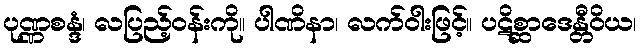
ပုဏ္ဏစန္ဒံ၊ လပြည့်ဝန်းကို။ ပါဏိနာ၊ လက်ဝါးဖြင့်။ ပဋိစ္ဆာဒေန္တီဝိယ၊